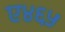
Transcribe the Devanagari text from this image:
ए४६५